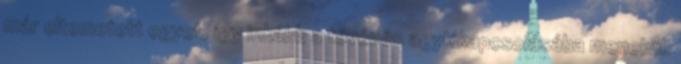
már eltemetett egyet, így inkább a tévézés agykikapcsolásába menekül.